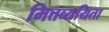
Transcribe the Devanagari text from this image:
मित्तव्ययिता